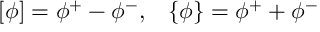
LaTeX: \left[ \phi \right] = \phi ^ { + } - \phi ^ { - } , ~ ~ \left\{ \phi \right\} = \phi ^ { + } + \phi ^ { - }